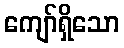
ကျော်ရှိသော